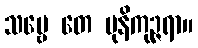
သဗ္ဗေ တေ မုနိကုဉ္ဇရာ။